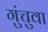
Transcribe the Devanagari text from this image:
गुंचुवा